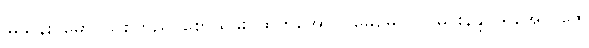
မြသန်း၊ မောင်သစ်တည်၊ စောယွမ်း၊ ထက်အောင်၊ မေမေလှိုင်၊ မင်းနန္ဒာ၊ ရဲအောင်ဇေ၊